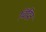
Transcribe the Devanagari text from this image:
चिंद्विन